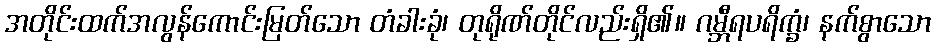
အတိုင်းထက်အလွန်ကောင်းမြတ်သော တံခါးခုံ၊ တုရိုဏ်တိုင်လည်းရှိ၏။ ဂမ္ဘီရပရိက္ခံ၊ နက်စွာသော